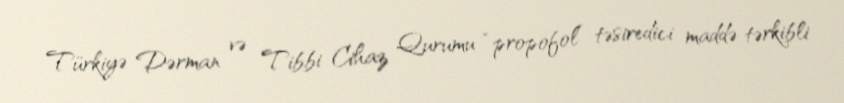
Türkiyə Dərman və Tibbi Cihaz Qurumu “propofol” təsiredici maddə tərkibli